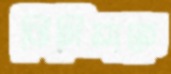
ভিসিয়ারে